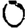
Digit: 0